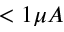
< 1 \mu A